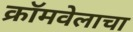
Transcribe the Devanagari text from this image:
क्रॉमवेलाचा